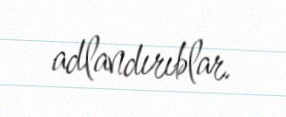
adlandırıblar.